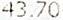
43.70